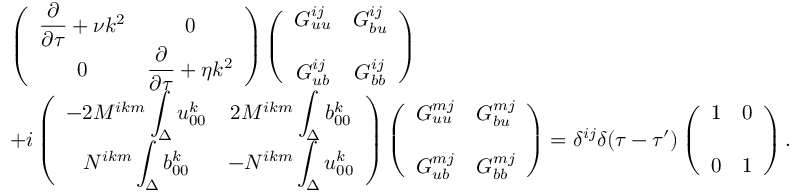
\begin{array} { r l } & { { \everymath { \displaystyle } \left( { \begin{array} { c c } { \frac { \partial } { \partial \tau } + \nu k ^ { 2 } } & { 0 } \\ { 0 } & { \frac { \partial } { \partial \tau } + \eta k ^ { 2 } } \end{array} } \right) } \left( { \begin{array} { c c } { G _ { u u } ^ { i j } } & { G _ { b u } ^ { i j } } \\ { G _ { u b } ^ { i j } } & { G _ { b b } ^ { i j } \rule { 0 ex } { 5 ex } } \end{array} } \right) } \\ & { { \everymath { \displaystyle } + i \left( { \begin{array} { c c } { - 2 M ^ { i k m } \int _ { \Delta } u _ { 0 0 } ^ { k } } & { 2 M ^ { i k m } \int _ { \Delta } b _ { 0 0 } ^ { k } } \\ { N ^ { i k m } \int _ { \Delta } b _ { 0 0 } ^ { k } } & { - N ^ { i k m } \int _ { \Delta } u _ { 0 0 } ^ { k } } \end{array} } \right) \left( { \begin{array} { c c } { G _ { u u } ^ { m j } } & { G _ { b u } ^ { m j } } \\ { G _ { u b } ^ { m j } } & { G _ { b b } ^ { m j } \rule { 0 ex } { 5 ex } } \end{array} } \right) } = \delta ^ { i j } \delta ( \tau - \tau ^ { \prime } ) \left( { \begin{array} { c c } { 1 } & { 0 } \\ { 0 } & { 1 \rule { 0 ex } { 5 ex } } \end{array} } \right) . } \end{array}